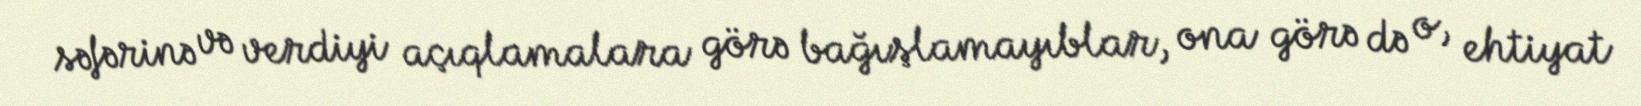
səfərinə və verdiyi açıqlamalara görə bağışlamayıblar, ona görə də o, ehtiyat